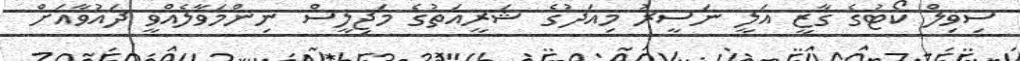
ސިވިލް ކޯޓުގެ ގާޒީ އަލީ ނަސީރު މިއަދުގެ ޝަރީއަތުގެ މަޖިލީސް ނިންމަވާލެއްވީ ދައުވާއަށް